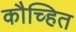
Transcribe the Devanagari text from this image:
कौच्हित